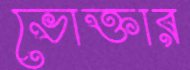
ভোক্তার